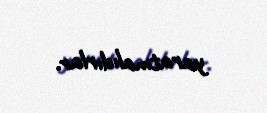
yaratmalıdırlar.